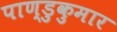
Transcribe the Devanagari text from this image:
पाण्डुकुमार